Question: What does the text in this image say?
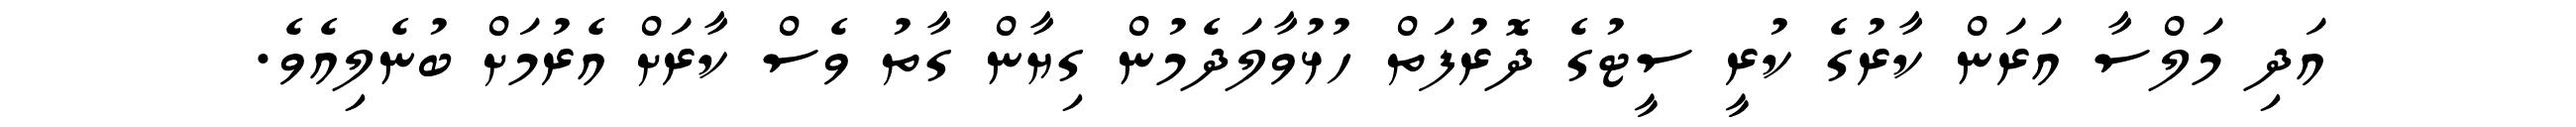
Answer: އަދި މަލްސާ އަރަން ކާރުގެ ކުރީ ސީޓުގެ ދޮރުފަތް ހުޅުވާލަދެމުން ގިޔާން ގާތު ވެސް ކާރަށް އެރުމަށް ބުނެލިއެވެ.